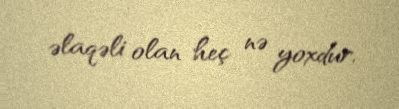
əlaqəli olan heç nə yoxdur.